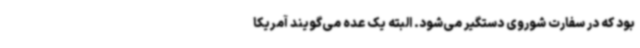
بود که در سفارت شوروی دستگیر می‌شود. البته یک عده می‌گویند آمریکا